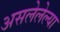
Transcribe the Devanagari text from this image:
असलेलेल्या